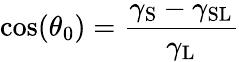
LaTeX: \cos(\theta_{0})=\frac{\gamma_{\mathrm{S}}-\gamma_{\mathrm{SL}}}{\gamma_{\mathrm{L}}}